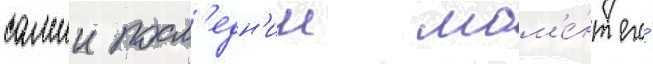
самыи посл'едн'ии мом'е́нт его́